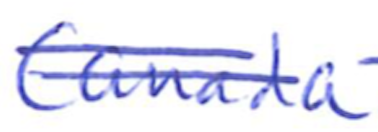
Text: Canada
Cross-out: mix
Writing tool: ballpoint